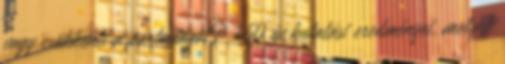
vagy csökkenti a pártosságot? „50 év kutatási eredményei, melyek